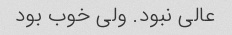
عالی نبود. ولی خوب بود